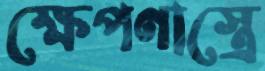
ক্ষেপণাস্ত্রে